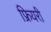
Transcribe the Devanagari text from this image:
फ्रियरी